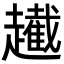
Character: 䟌